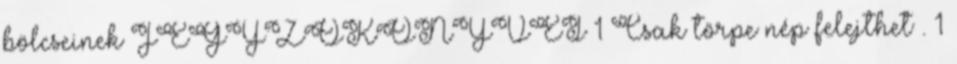
bölcseinek JEGYZŐKÖNYVEI 1 Csak törpe nép felejthet . 1